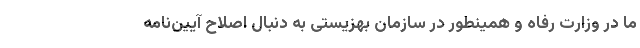
ما در وزارت رفاه و همینطور در سازمان بهزیستی به دنبال اصلاح آیین‌نامه